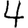
Digit: 4